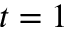
t = 1